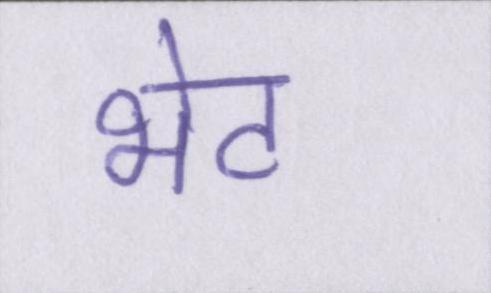
भेट